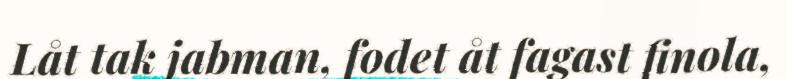
Låt tak jabman, fodet åt fagast finola,